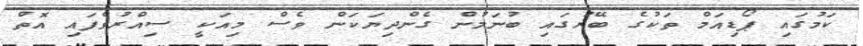
ކަމުގައި ޕޯޑިއަމް ތަކުގެ ބޭރުގައި ބުނަމުން ގެންދިޔަކަން ވެސް މިއަކީ ސިއްރުވެފައި އޮތް